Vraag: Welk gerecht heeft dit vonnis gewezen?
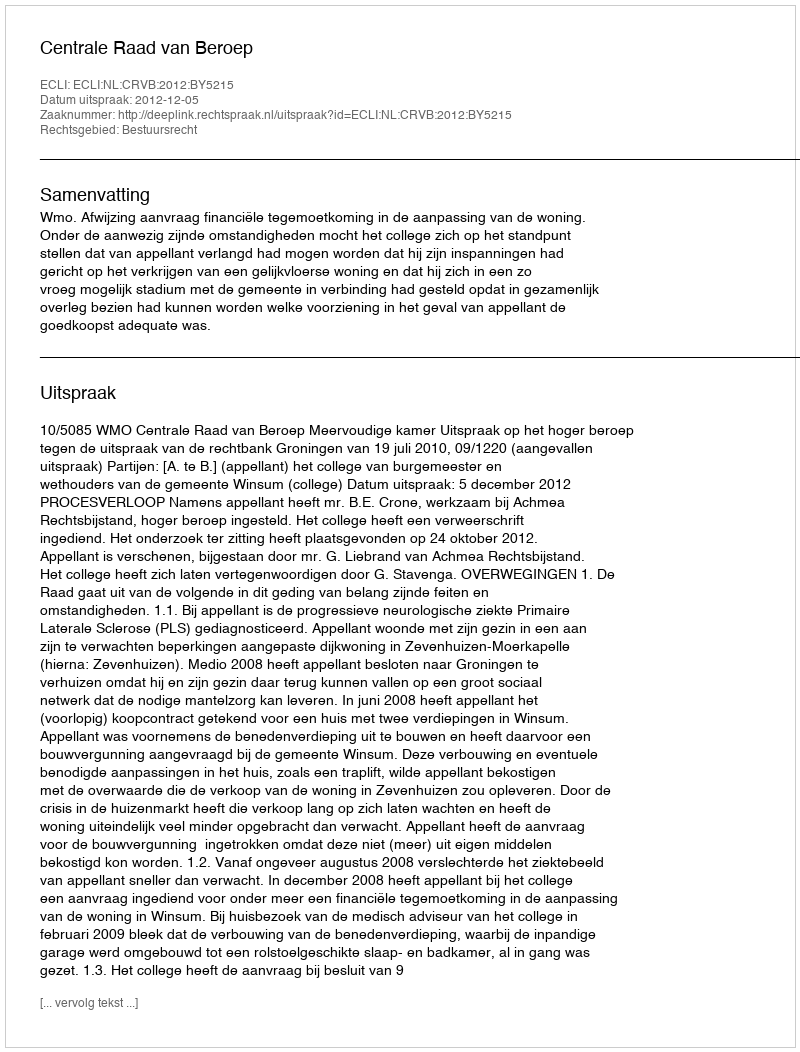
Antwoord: Centrale Raad van Beroep